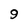
Character: 9